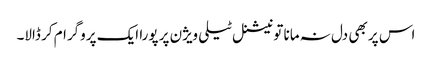
اس پر بھی دل نہ مانا تو نیشنل ٹیلی ویژن پر پورا ایک پروگرام کر ڈالا۔